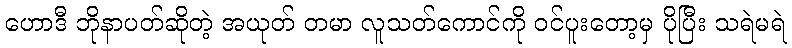
ဟောဒီ ဘိုနာပတ်ဆိုတဲ့ အယုတ် တမာ လူသတ်ကောင်ကို ဝင်ပူးတော့မှ ပိုပြီး သရဲမရဲ